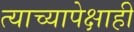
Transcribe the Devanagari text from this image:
त्याच्यापेक्षाही